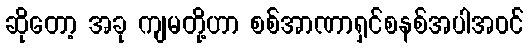
ဆိုတော့ အခု ကျမတို့ဟာ စစ်အာဏာရှင်စနစ်အပါအဝင်